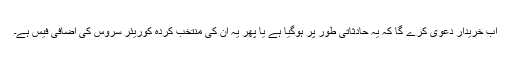
اب خریدار دعویٰ کرے گا کہ یہ حادثاتی طور پر ہوگیا ہے یا پھر یہ ان کی منتخب کردہ کوریئر سروس کی اضافی فیس ہے۔